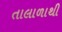
તાલાળાથી